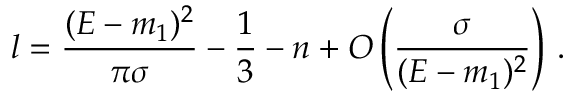
l = \frac { ( E - m _ { 1 } ) ^ { 2 } } { \pi \sigma } - \frac { 1 } { 3 } - n + O \left( \frac { \sigma } { ( E - m _ { 1 } ) ^ { 2 } } \right) \, .